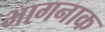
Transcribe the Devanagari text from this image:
भागनाक